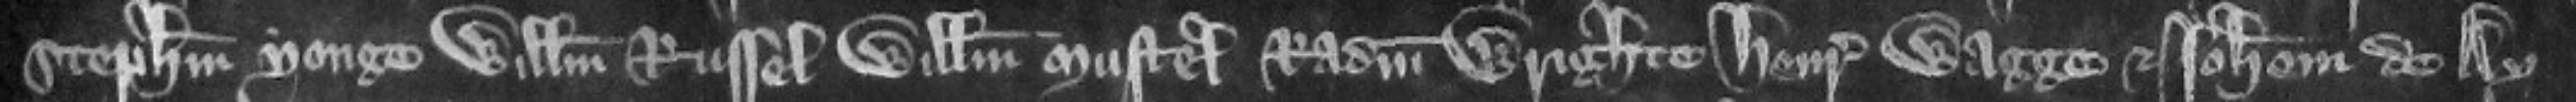
Stephanum Yonge Willelmum Russel Willelmum Mustel Radulfum Wrighte Henricum Wagge et Iohannem de Ay